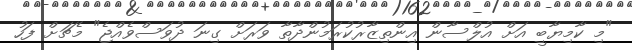
"މި ކާމިޔާބީ އަށް އުލްސާން އިންތިޒާރުކުރަމުންދާތާ ވަރަށް ގިނަ ދުވަސްވެއްޖެ" މެޗަށް ފަހު